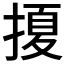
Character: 𭡲